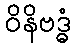
ဝိနိဗဒ္ဓံ